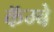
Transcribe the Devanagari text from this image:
कॅम्बे